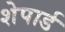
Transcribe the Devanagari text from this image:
शेपार्ड